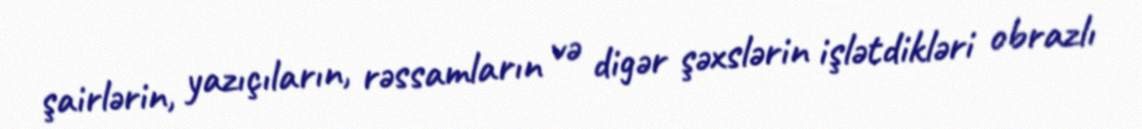
şairlərin, yazıçıların, rəssamların və digər şəxslərin işlətdikləri obrazlı